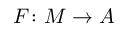
F \colon M \to A